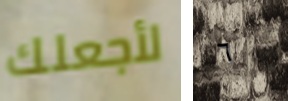
لأجعلك ٦